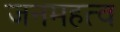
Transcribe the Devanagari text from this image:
जनमहत्व